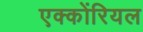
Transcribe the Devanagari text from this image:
एक्कोंरियल